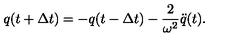
q ( t + { \Delta t } ) = - q ( t - { \Delta t } ) - \frac { 2 } { \omega ^ { 2 } } \ddot { q } ( t ) .